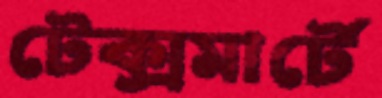
টেক্সমার্টে